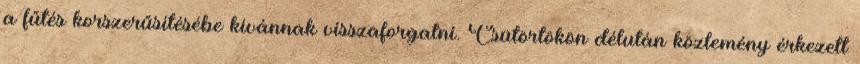
a fűtés korszerűsítésébe kívánnak visszaforgatni. Csütörtökön délután közlemény érkezett